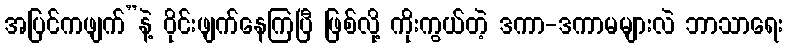
အပြင်ကဖျက်”နဲ့ ဝိုင်းဖျက်နေကြပြီ ဖြစ်လို့ ကိုးကွယ်တဲ့ ဒကာ-ဒကာမများလဲ ဘာသာရေး